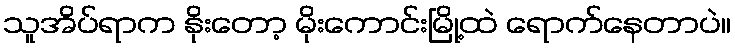
သူအိပ်ရာက နိုးတော့ မိုးကောင်းမြို့ထဲ ရောက်နေတာပဲ။